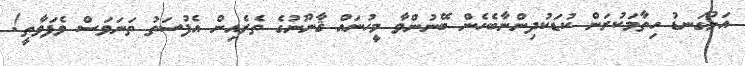
އަޅުގަނޑު ހިތާމަކުރަން ކުޑަކުދިންނާބެހެން ބޭނުންވާ މީހުނައް ޤާނޫނުގެ ތެރެއިން އެފުސަތު ތަނަވަސް ވެފަވާތީ!